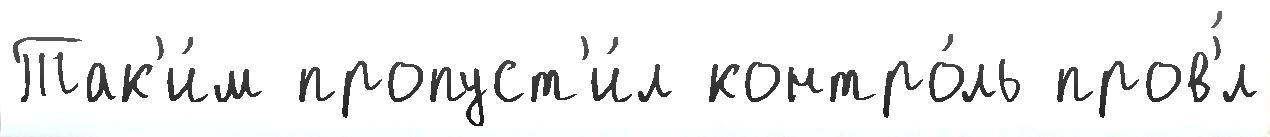
Так'и́м пропуст'и́л контро́ль пров'́л